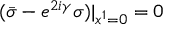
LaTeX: ( { \bar { \sigma } } - e ^ { 2 i \gamma } \sigma ) | _ { x ^ { 1 } = 0 } = 0